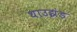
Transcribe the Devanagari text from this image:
थाउझंड